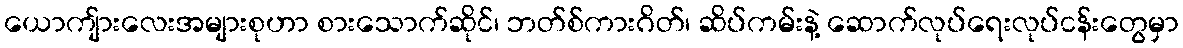
ယောကျ်ားလေးအများစုဟာ စားသောက်ဆိုင်၊ ဘတ်စ်ကားဂိတ်၊ ဆိပ်ကမ်းနဲ့ ဆောက်လုပ်ရေးလုပ်ငန်းတွေမှာ